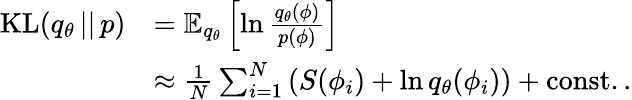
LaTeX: \begin{array}{rl}{\textrm{KL}(q_{\theta}\, ||\, p)}&{=\mathbb{E}_{q_{\theta}}\left[\ln\frac{q_{\theta}(\phi)}{p(\phi)}\right]}\\ &{\approx\frac{1}{N}\sum_{i=1}^{N}\left(S(\phi_{i})+\ln q_{\theta}(\phi_{i})\right)+\textrm{const.}\, .}\end{array}